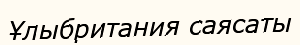
Ұлыбритания саясаты